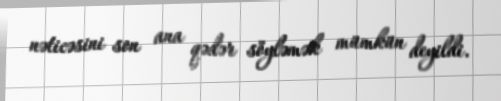
nəticəsini son ana qədər söyləmək mümkün deyildi.